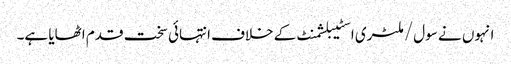
انہوں نے سول/ملٹری اسٹیبلشمنٹ کے خلاف انتہائی سخت قدم اٹھایا ہے۔